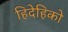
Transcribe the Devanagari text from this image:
हिदेहिको